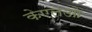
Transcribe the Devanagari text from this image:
केएलओ